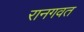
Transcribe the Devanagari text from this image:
रानगवत